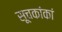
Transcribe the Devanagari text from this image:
सूचकांकां